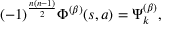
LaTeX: ( - 1 ) ^ { \frac { n ( n - 1 ) } { 2 } } \Phi ^ { ( \beta ) } ( s , a ) = \Psi _ { k } ^ { ( \beta ) } ,